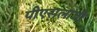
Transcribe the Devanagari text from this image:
पीएसलाजी